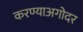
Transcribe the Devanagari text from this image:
करण्याअगोदर